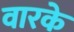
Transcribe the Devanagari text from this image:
वारके